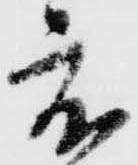
度